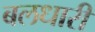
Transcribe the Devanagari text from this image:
बलधारी